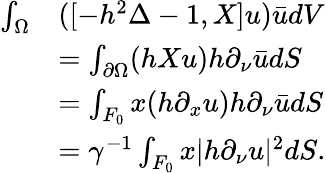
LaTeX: \begin{array}{rl}{\int_{\Omega}}&{([-h^{2}\Delta-1,X]u)\bar{u}dV}\\ &{=\int_{\partial\Omega}(hXu)h\partial_{\nu}\bar{u}dS}\\ &{=\int_{F_{0}}x(h\partial_{x}u)h\partial_{\nu}\bar{u}dS}\\ &{=\gamma^{-1}\int_{F_{0}}x|h\partial_{\nu}u|^{2}dS.}\end{array}